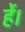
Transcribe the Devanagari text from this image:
र्हे।